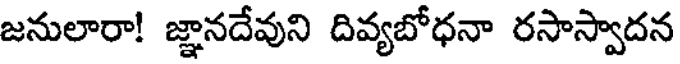
జనులారా! జ్ఞానదేవుని దివ్యబోధనా రసాస్వాదన